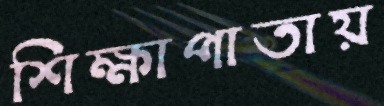
শিক্ষাপাতায়